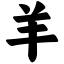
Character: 羊